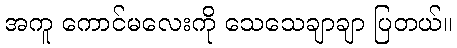
အကူ ကောင်မလေးကို သေသေချာချာ ပြတယ်။